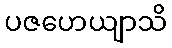
ပဇဟေယျာသိ